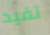
تفيد